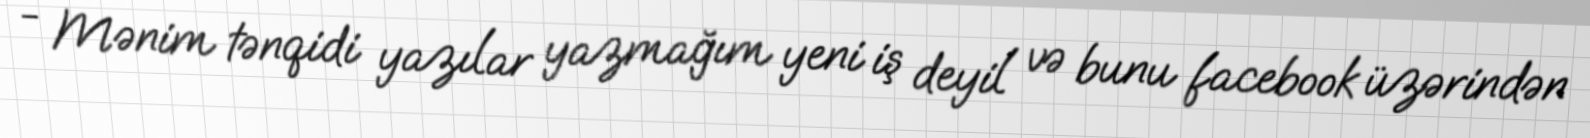
- Mənim tənqidi yazılar yazmağım yeni iş deyil və bunu facebook üzərindən